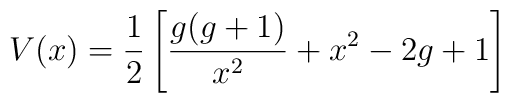
V(x) = {1\over 2}\left[\frac{g(g+1)}{x^{2}} + x^{2} - 2g +1\right]